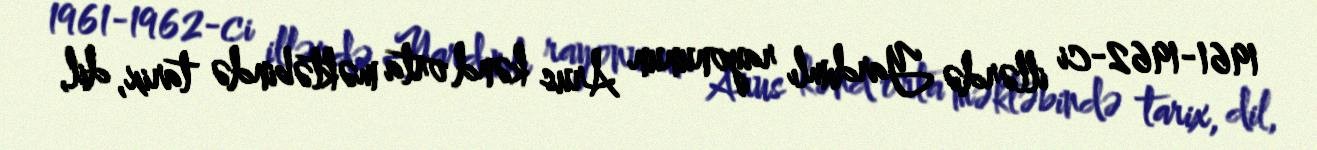
1961-1962-ci illərdə Yardımlı rayonunun Arus kənd orta məktəbində tarix, dil,